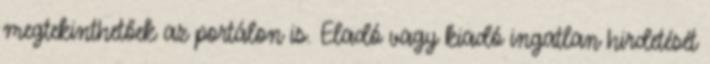
megtekinthetőek az portálon is. Eladó vagy kiadó ingatlan hirdetését